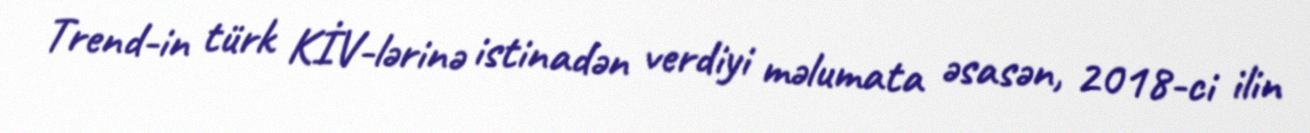
Trend-in türk KİV-lərinə istinadən verdiyi məlumata əsasən, 2018-ci ilin